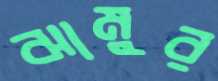
ঝামুর